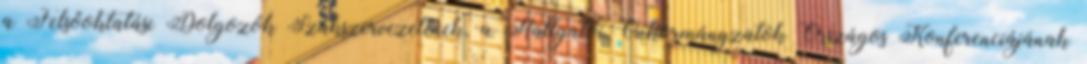
a Felsőoktatási Dolgozók Szakszervezetének, a Hallgatói Önkormányzatok Országos Konferenciájának